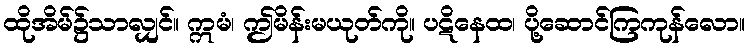
ထိုအိမ်၌သာလျှင်။ ဣမံ၊ ဤမိန်းမယုတ်ကို။ ပဋိနေထ၊ ပို့ဆောင်ကြကုန်လော။